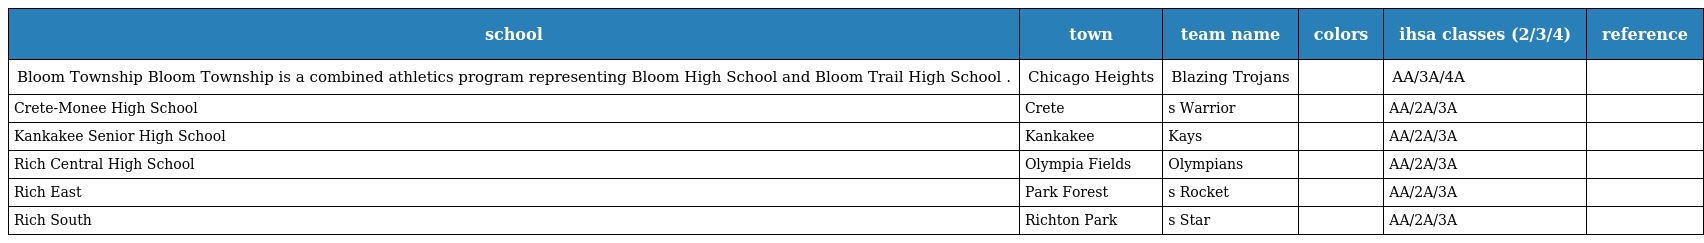
| school | town | team name | colors | ihsa classes (2/3/4) | reference |
 | --- | --- | --- | --- | --- | --- |
 | Bloom Township Bloom Township is a combined athletics program representing Bloom High School and Bloom Trail High School . | Chicago Heights | Blazing Trojans |  | AA/3A/4A |  |
 | Crete-Monee High School | Crete | s Warrior |  | AA/2A/3A |  |
 | Kankakee Senior High School | Kankakee | Kays |  | AA/2A/3A |  |
 | Rich Central High School | Olympia Fields | Olympians |  | AA/2A/3A |  |
 | Rich East | Park Forest | s Rocket |  | AA/2A/3A |  |
 | Rich South | Richton Park | s Star |  | AA/2A/3A |  |